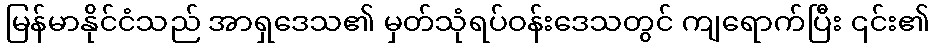
မြန်မာနိုင်ငံသည် အာရှဒေသ၏ မှတ်သုံရပ်ဝန်းဒေသတွင် ကျရောက်ပြီး ၎င်း၏